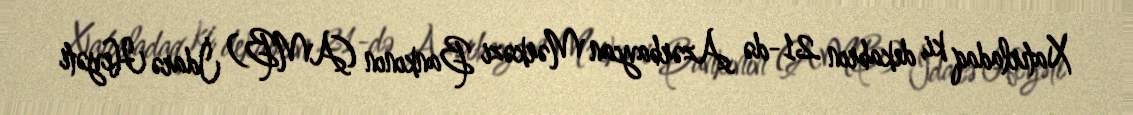
Xatırladaq ki, dekabrın 21-də Azərbaycan Mərkəzi Bankının (AMB) İdarə Heyəti